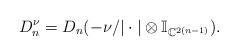
LaTeX: \begin{align*} D_n^{\nu}=D_n(-\nu/|\cdot|\otimes \mathbb{I}_{\mathbb{C}^{2(n-1)}}). \end{align*}